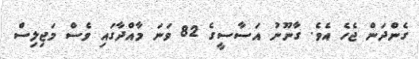
ގެންދަން ޖެހެ އެވެ. ގާނޫނު އަސާސީގެ 82 ވަނަ މާއްދާގައި ވެސް މަޖިލިސް